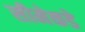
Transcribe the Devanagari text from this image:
सीमेकडे